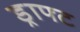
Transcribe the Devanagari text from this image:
ड्राफ्‍ट